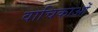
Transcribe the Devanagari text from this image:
वाचिकाओं